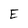
Character: E